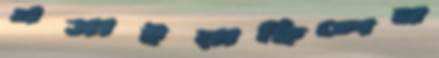
খসাইয়াছিলেন